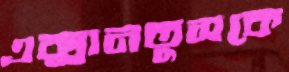
এক্সানতুসকে